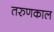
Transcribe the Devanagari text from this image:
तरुणकाल